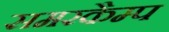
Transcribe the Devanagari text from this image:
समरकैम्प